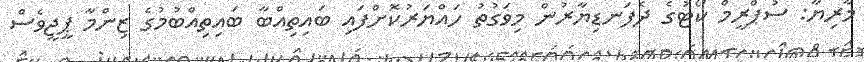
މާރިޔާ: ސުޕްރީމް ކޯޓުގެ ދެފަނޑިޔާރުން މިވަގުތު ހައްޔަރުކޮށްފައި ބައިތިއްބާ ބައިތިއްބުމުގެ ޒިންމާ ޕީޖީވެސް